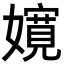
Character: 𡣚